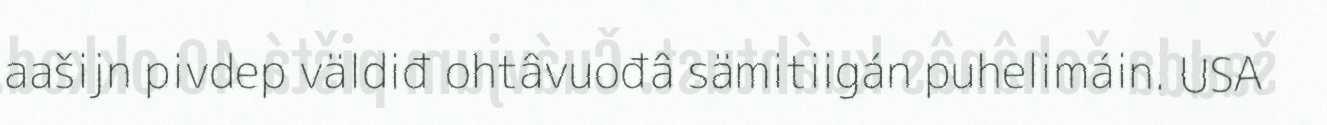
aašijn pivdep väldiđ ohtâvuođâ sämitiigán puhelimáin. USA